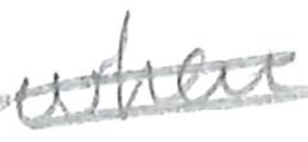
Text: when
Cross-out: double-line
Writing tool: pencil